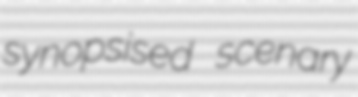
synopsised scenary